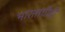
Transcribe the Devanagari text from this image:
भारताचीही